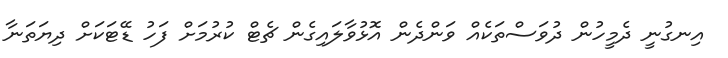
އިނގުނީ ދެމީހުން ދުވަސްތަކެއް ވަންދެން އޮޅުވާލައިގެން ޗެޓް ކުރުމަށް ފަހު ޑޭޓަކަށް ދިޔަތަނާ